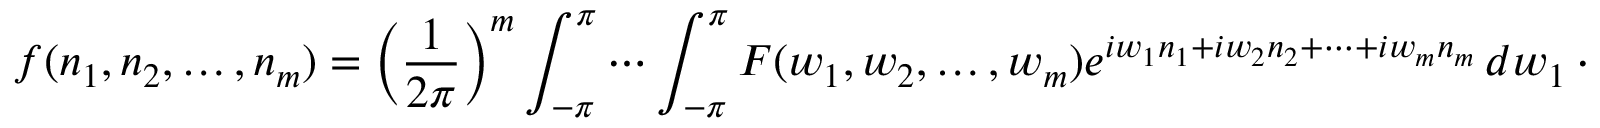
f ( n _ { 1 } , n _ { 2 } , \dots , n _ { m } ) = \left( { \frac { 1 } { 2 \pi } } \right) ^ { m } \int _ { - \pi } ^ { \pi } \cdots \int _ { - \pi } ^ { \pi } F ( w _ { 1 } , w _ { 2 } , \ldots , w _ { m } ) e ^ { i w _ { 1 } n _ { 1 } + i w _ { 2 } n _ { 2 } + \cdots + i w _ { m } n _ { m } } \, d w _ { 1 } \cdots \, d w _ { m }